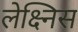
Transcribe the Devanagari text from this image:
लेक्ष्निस